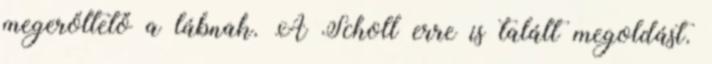
megerőltető a lábnak. A Scholl erre is talált megoldást.